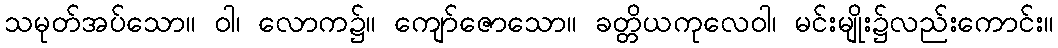
သမုတ်အပ်သော။ ဝါ၊ လောက၌။ ကျော်ဇောသော။ ခတ္တိယကုလေဝါ၊ မင်းမျိုး၌လည်းကောင်း။